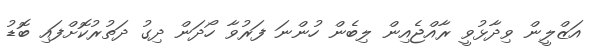
އަޒްލީން ވިދާޅުވީ ރާއްޖެއިން ލިބެން ހުންނަ ފަރުވާ ހޯދަން ދިގު ދަތުރުކޮށްފައި ބޮޑު